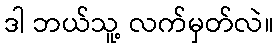
ဒါ ဘယ်သူ့ လက်မှတ်လဲ။